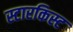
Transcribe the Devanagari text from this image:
स्टारकिस्ट